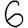
Digit: 6